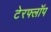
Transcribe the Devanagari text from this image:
टेरफ्लॉप